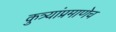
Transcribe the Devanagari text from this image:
कुत्र्यांप्रमाणेच